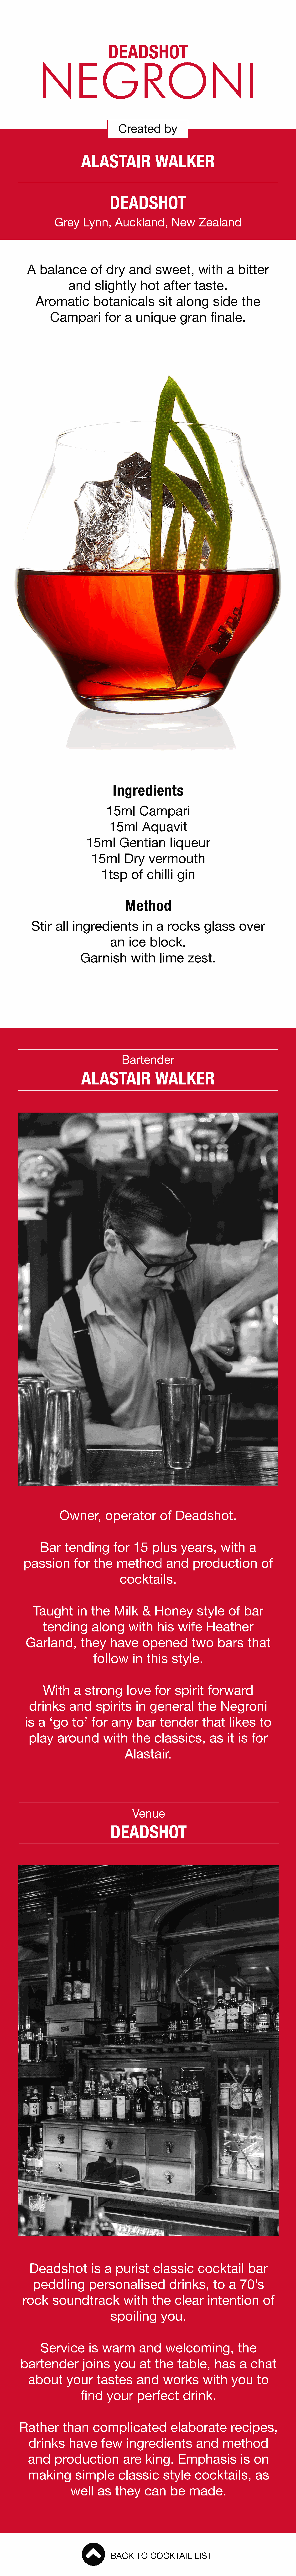
DEADSHOT
 NEGRONI
 Created      by
 ALASTAIR            WALKER
 DEADSHOT
 Grey    Lynn,    Auckland,       New    Zealand
 A  balance       of  dry    and    sweet,      with    a  bitter
 and    slightly     hot   after    taste.
 Aromatic        botanicals        sit  along     side    the
 Campari        for   a  unique      gran    finale.
 Ingredients
 15ml      Campari
 15ml     Aquavit
 15ml     Gentian       liqueur
 15ml     Dry    vermouth
 1tsp    of   chilli  gin
 Method
 Stir  all  ingredients        in  a  rocks      glass    over
 an   ice   block.
 Garnish       with    lime    zest.
 Bartender
 ALASTAIR            WALKER
 Owner,       operator       of   Deadshot.
 Bar    tending      for   15   plus    years,     with    a
 passion       for  the   method        and    production         of
 cocktails.
 Taught      in  the    Milk   &   Honey       style   of   bar
 tending      along      with    his  wife    Heather
 Garland,       they     have    opened        two    bars     that
 follow     in  this   style.
 With    a  strong      love    for  spirit    forward
 drinks     and     spirits    in  general      the   Negroni
 is  a  ‘go   to’  for   any    bar   tender      that    likes   to
 play    around       with    the   classics,      as   it is  for
 Alastair.
 Venue
 DEADSHOT
 Deadshot         is  a  purist    classic      cocktail      bar
 peddling        personalised          drinks,     to  a  70’s
 rock    soundtrack          with    the   clear     intention      of
 spoiling      you.
 Service       is warm       and    welcoming,          the
 bartender        joins    you    at  the   table,    has    a  chat
 about     your     tastes     and    works      with    you    to
 find    your    perfect      drink.
 Rather      than     complicated          elaborate        recipes,
 drinks     have     few    ingredients        and     method
 and    production         are   king.    Emphasis          is on
 making       simple      classic     style    cocktails,       as
 well   as   they    can    be   made.
 BACK   TO  COCKTAIL    LIST